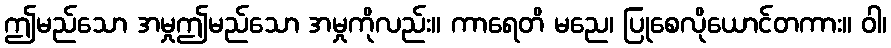
ဤမည်သော အမှုဤမည်သော အမှုကိုလည်း။ ကာရေတိ မညေ၊ ပြုစေလိုယောင်တကား။ ဝါ၊